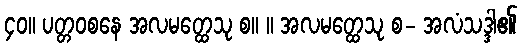
၄၀။ ပတ္တဝစနေ အလမတ္ထေသု စ။ ။ အလမတ္ထေသု စ- အလံသဒ္ဒါ၏